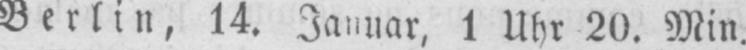
Berlin, 14. Januar, 1 Uhr 20. Min.